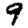
Digit: 9